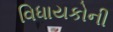
વિધાયકોની